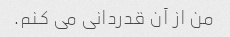
من از آن قدردانی می کنم.